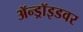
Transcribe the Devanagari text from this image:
ॲन्ड्रॉइडवर